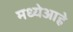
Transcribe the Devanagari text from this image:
मध्येआहे